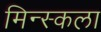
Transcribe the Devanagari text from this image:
मिन्स्कला